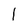
Character: l